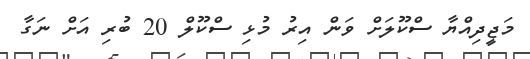
މަޖީދިއްޔާ ސްކޫލަށް ވަން އިރު މުޅި ސްކޫލް 20 ބުރި އަށް ނަގާ